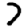
Digit: 7